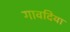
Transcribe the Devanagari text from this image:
गावदिया